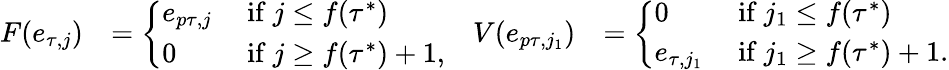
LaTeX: \begin{array}{rlrl}{F(e_{\tau,j})}&{=\left\{ \begin{array}{ll}{e_{p\tau,j}}&{\mathrm{~if~}j\leq f(\tau^{*})}\\ {0}&{\mathrm{~if~}j\geq f(\tau^{*})+1,}\end{array}\right.}&{V(e_{p\tau,j_{1}})}&{=\left\{ \begin{array}{ll}{0}&{\mathrm{~if~}j_{1}\leq f(\tau^{*})}\\ {e_{\tau,j_{1}}}&{\mathrm{~if~}j_{1}\geq f(\tau^{*})+1.}\end{array}\right.}\end{array}